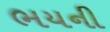
ભયની